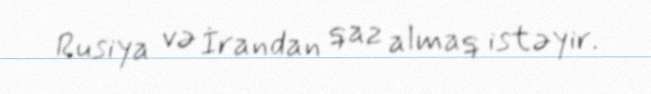
Rusiya və İrandan qaz almaq istəyir.